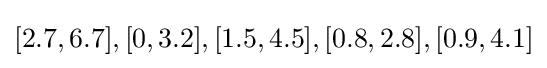
[2.7,6.7],[0,3.2],[1.5,4.5],[0.8,2.8],[0.9,4.1]